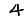
Digit: 4